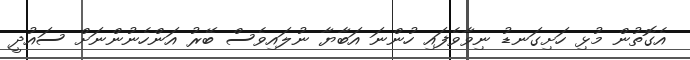
އެގޮތުން މުޅި ހަށިގަނޑު ނިވާވެފައި ހުންނަ އަބާޔާ ނުލައިވެސް ބޭރު އަންހެނުންނަށް ސައުދީ